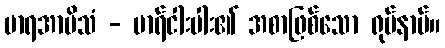
မာရအာမိသံ - မာရ်ငါးပါး၏ အစာဖြစ်သော ရုပ်နာမ်။